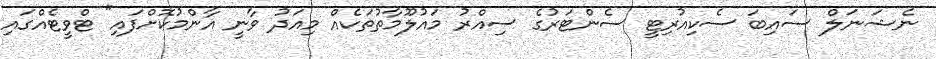
ނެޝަނަލް ސައިބަ ސެކިއުރިޓީ ސެންޓަރުގެ ސިއްރު މައުލޫމާތުތަކެއް މިއަދު ވާނީ އާންމުކޮށްފައި" ޓްވީޓެއްގައި